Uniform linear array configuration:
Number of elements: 24
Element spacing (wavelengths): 1
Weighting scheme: uniform
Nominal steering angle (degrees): -45
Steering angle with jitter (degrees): -44.628
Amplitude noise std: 0.05
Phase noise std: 0.05

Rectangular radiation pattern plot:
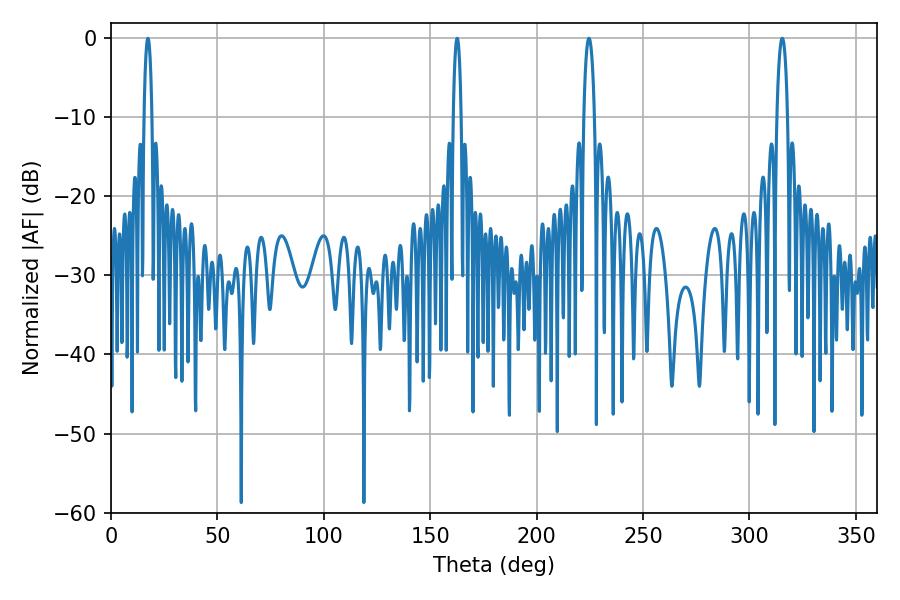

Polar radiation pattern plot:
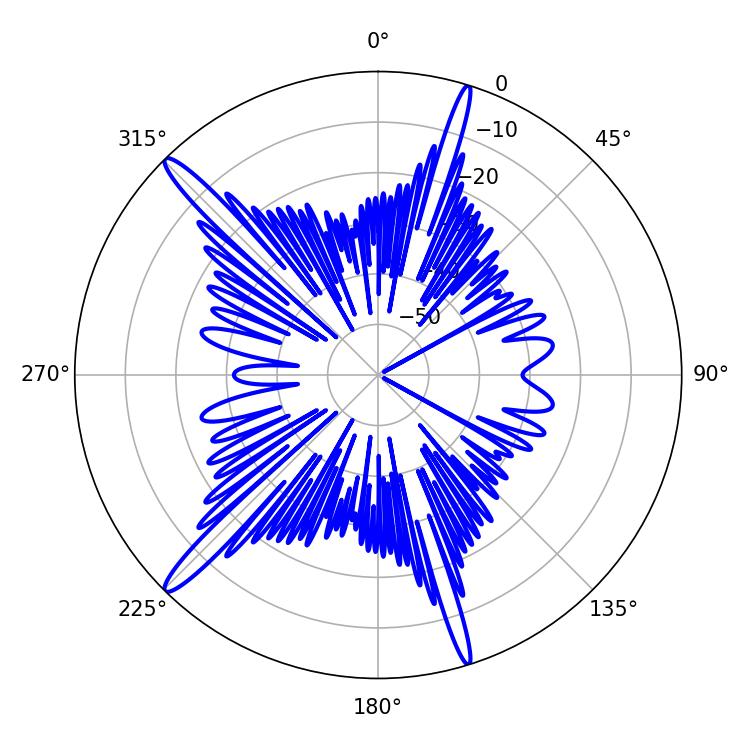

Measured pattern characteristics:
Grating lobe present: TRUE
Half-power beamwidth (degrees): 2.88
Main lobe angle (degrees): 315.36